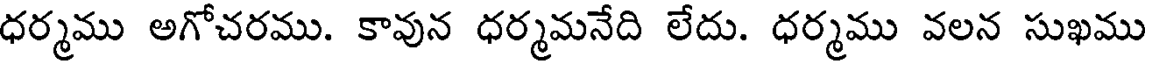
ధర్మము అగోచరము. కావున ధర్మమనేది లేదు. ధర్మము వలన సుఖము